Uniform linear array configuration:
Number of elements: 64
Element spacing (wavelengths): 1
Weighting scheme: uniform
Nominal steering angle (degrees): -30
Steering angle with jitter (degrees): -29.292
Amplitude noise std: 0.05
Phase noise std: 0.05

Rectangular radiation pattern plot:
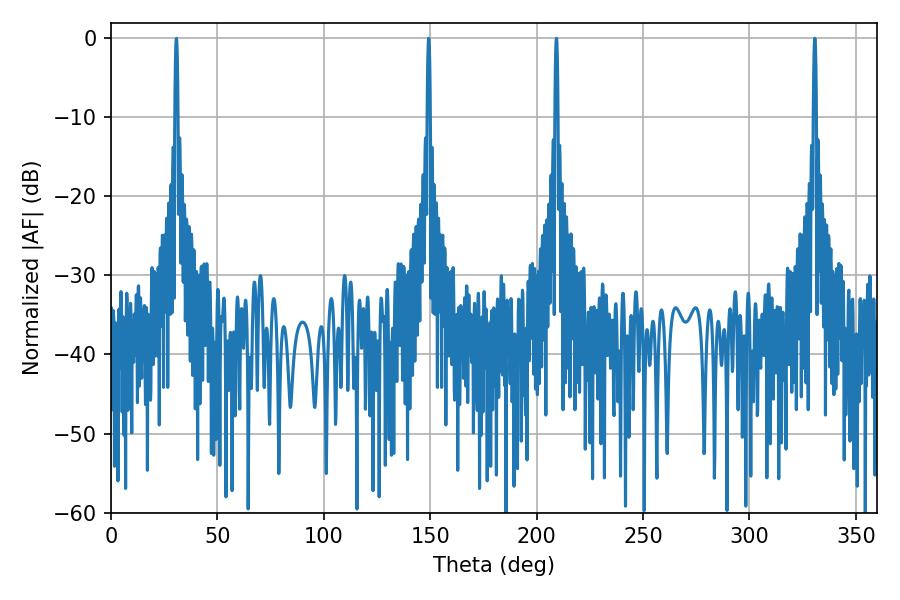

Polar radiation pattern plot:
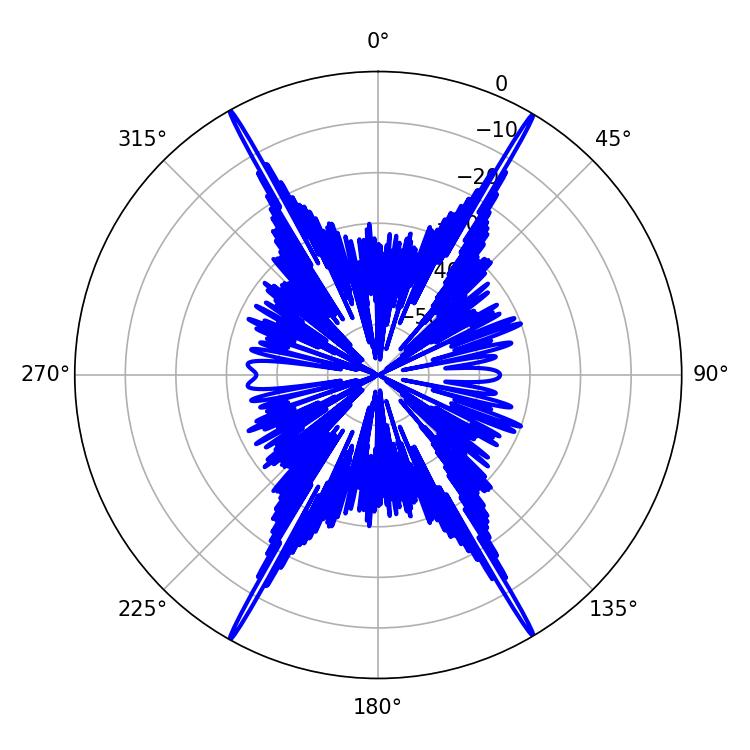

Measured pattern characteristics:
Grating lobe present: TRUE
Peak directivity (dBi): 32.655
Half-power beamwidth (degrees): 0.72
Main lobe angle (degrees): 330.66